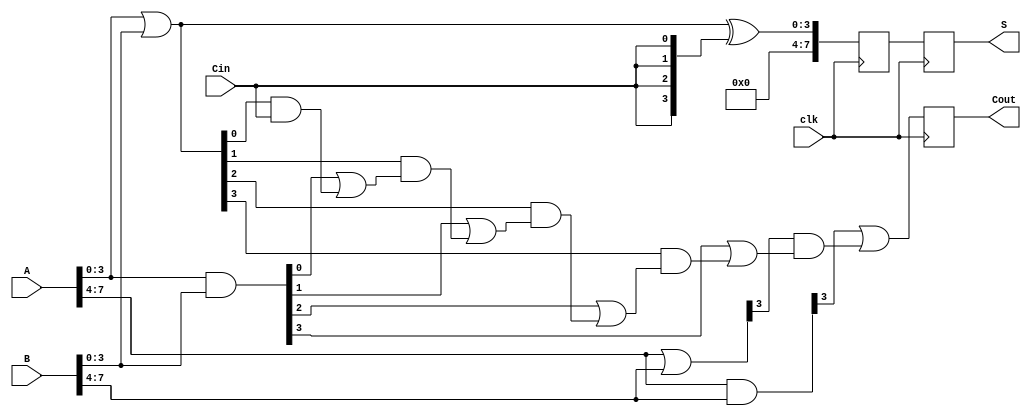
module PipelinedCSLA (
    input [7:0] A,       // 8-bit input A
    input [7:0] B,       // 8-bit input B
    input Cin,           // Carry input
    input clk,           // Clock signal
    output reg [7:0] S,  // 8-bit sum output
    output reg Cout      // Carry output
);

    // Intermediate signals for segments
    wire [3:0] G0, P0, G1, P1;
    wire [4:0] carry; // Carry signals between segments
    reg [7:0] S0, S1; // Sum outputs from each segment

    // Generate and Propagate for segment 0 (bits 0-3)
    assign G0 = A[3:0] & B[3:0];
    assign P0 = A[3:0] | B[3:0];

    // Generate and Propagate for segment 1 (bits 4-7)
    assign G1 = A[7:4] & B[7:4];
    assign P1 = A[7:4] | B[7:4];

    // Carry signals
    assign carry[0] = Cin;
    assign carry[1] = G0[0] | (P0[0] & carry[0]);
    assign carry[2] = G0[1] | (P0[1] & carry[1]);
    assign carry[3] = G0[2] | (P0[2] & carry[2]);
    assign carry[4] = G0[3] | (P0[3] & carry[3]);

    // Sum calculations for segment 0
    always @(posedge clk) begin
        S0 <= (P0 ^ {4{carry[0]}}); // Sum for segment 0
    end

    // Sum calculations for segment 1
    always @(posedge clk) begin
        S1 <= (P1 ^ {4{carry[4]}}); // Sum for segment 1
        Cout <= G1[3] | (P1[3] & carry[4]); // Final carry out
    end

    // Final output assignment
    always @(posedge clk) begin
        S <= {S1, S0}; // Concatenate the two segments
    end

endmodule